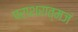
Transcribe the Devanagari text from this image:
पराशरात्मजं